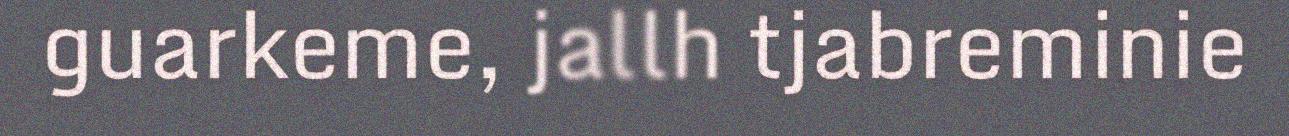
guarkeme, jallh tjabreminie